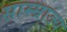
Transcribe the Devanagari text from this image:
साम्म्राज्य